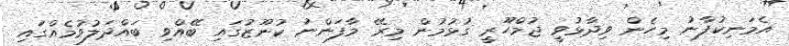
އެމަނިކުފާނު މިހެން ވިދާޅުވީ ޖުމްހޫރީ ގުޅުމުން މިރޭ މާފަންނު ކުނޫޒުގައި ބޭއްވި ބައްދަލުވުމެއްގައި